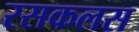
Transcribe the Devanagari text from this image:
रसकलस